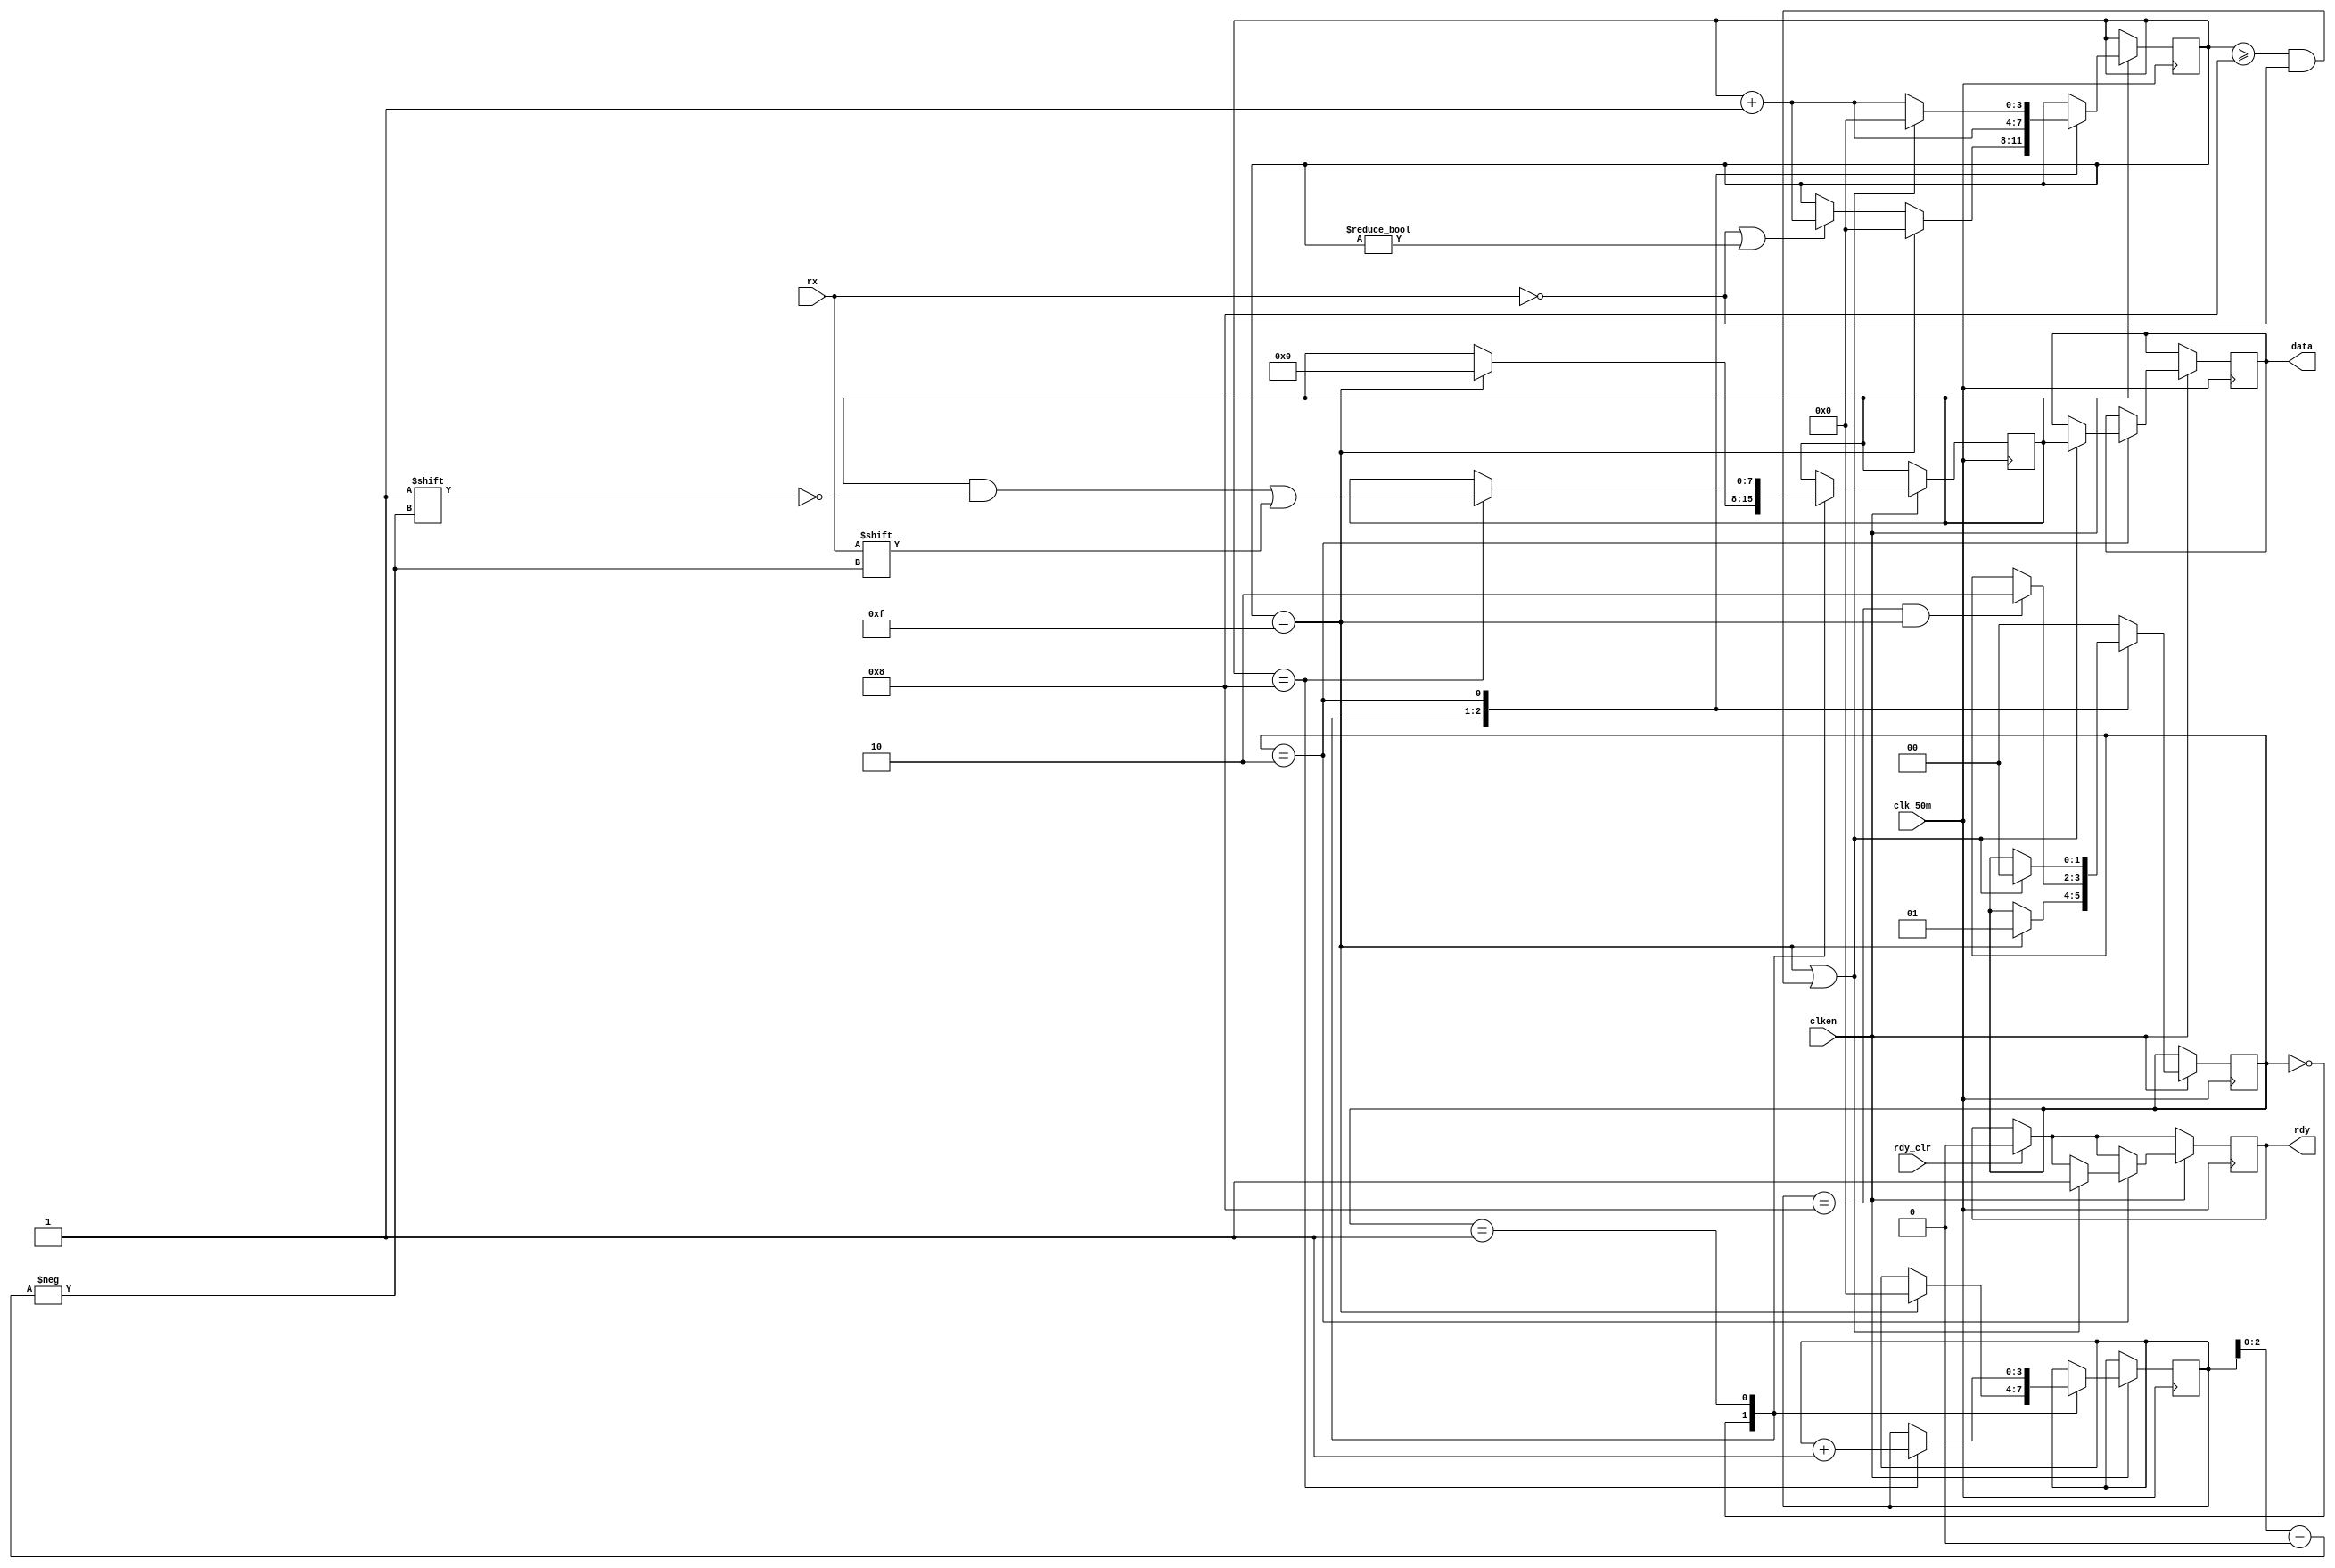
module receiver(input wire rx,
		output reg rdy,
		input wire rdy_clr,
		input wire clk_50m,
		input wire clken,
		output reg [7:0] data);

initial begin
	rdy = 0;
	data = 8'b0;
end

parameter RX_STATE_START	= 2'b00;
parameter RX_STATE_DATA		= 2'b01;
parameter RX_STATE_STOP		= 2'b10;

reg [1:0] state = RX_STATE_START;
reg [3:0] sample = 0;
reg [3:0] bitpos = 0;
reg [7:0] scratch = 8'b0;

always @(posedge clk_50m) begin
	if (rdy_clr)
		rdy <= 0;

	if (clken) begin
		case (state)
		RX_STATE_START: begin
			/*
			* Start counting from the first low sample, once we've
			* sampled a full bit, start collecting data bits.
			*/
			if (!rx || sample != 0)
				sample <= sample + 4'b1;

			if (sample == 15) begin
				state <= RX_STATE_DATA;
				bitpos <= 0;
				sample <= 0;
				scratch <= 0;
			end
		end
		RX_STATE_DATA: begin
			sample <= sample + 4'b1;
			if (sample == 4'h8) begin
				scratch[bitpos[2:0]] <= rx;
				bitpos <= bitpos + 4'b1;
			end
			if (bitpos == 8 && sample == 15)
				state <= RX_STATE_STOP;
		end
		RX_STATE_STOP: begin
			/*
			 * Our baud clock may not be running at exactly the
			 * same rate as the transmitter.  If we thing that
			 * we're at least half way into the stop bit, allow
			 * transition into handling the next start bit.
			 */
			if (sample == 15 || (sample >= 8 && !rx)) begin
				state <= RX_STATE_START;
				data <= scratch;
				rdy <= 1'b1;
				sample <= 0;
			end else begin
				sample <= sample + 4'b1;
			end
		end
		default: begin
			state <= RX_STATE_START;
		end
		endcase
	end
end

endmodule